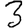
Digit: 3